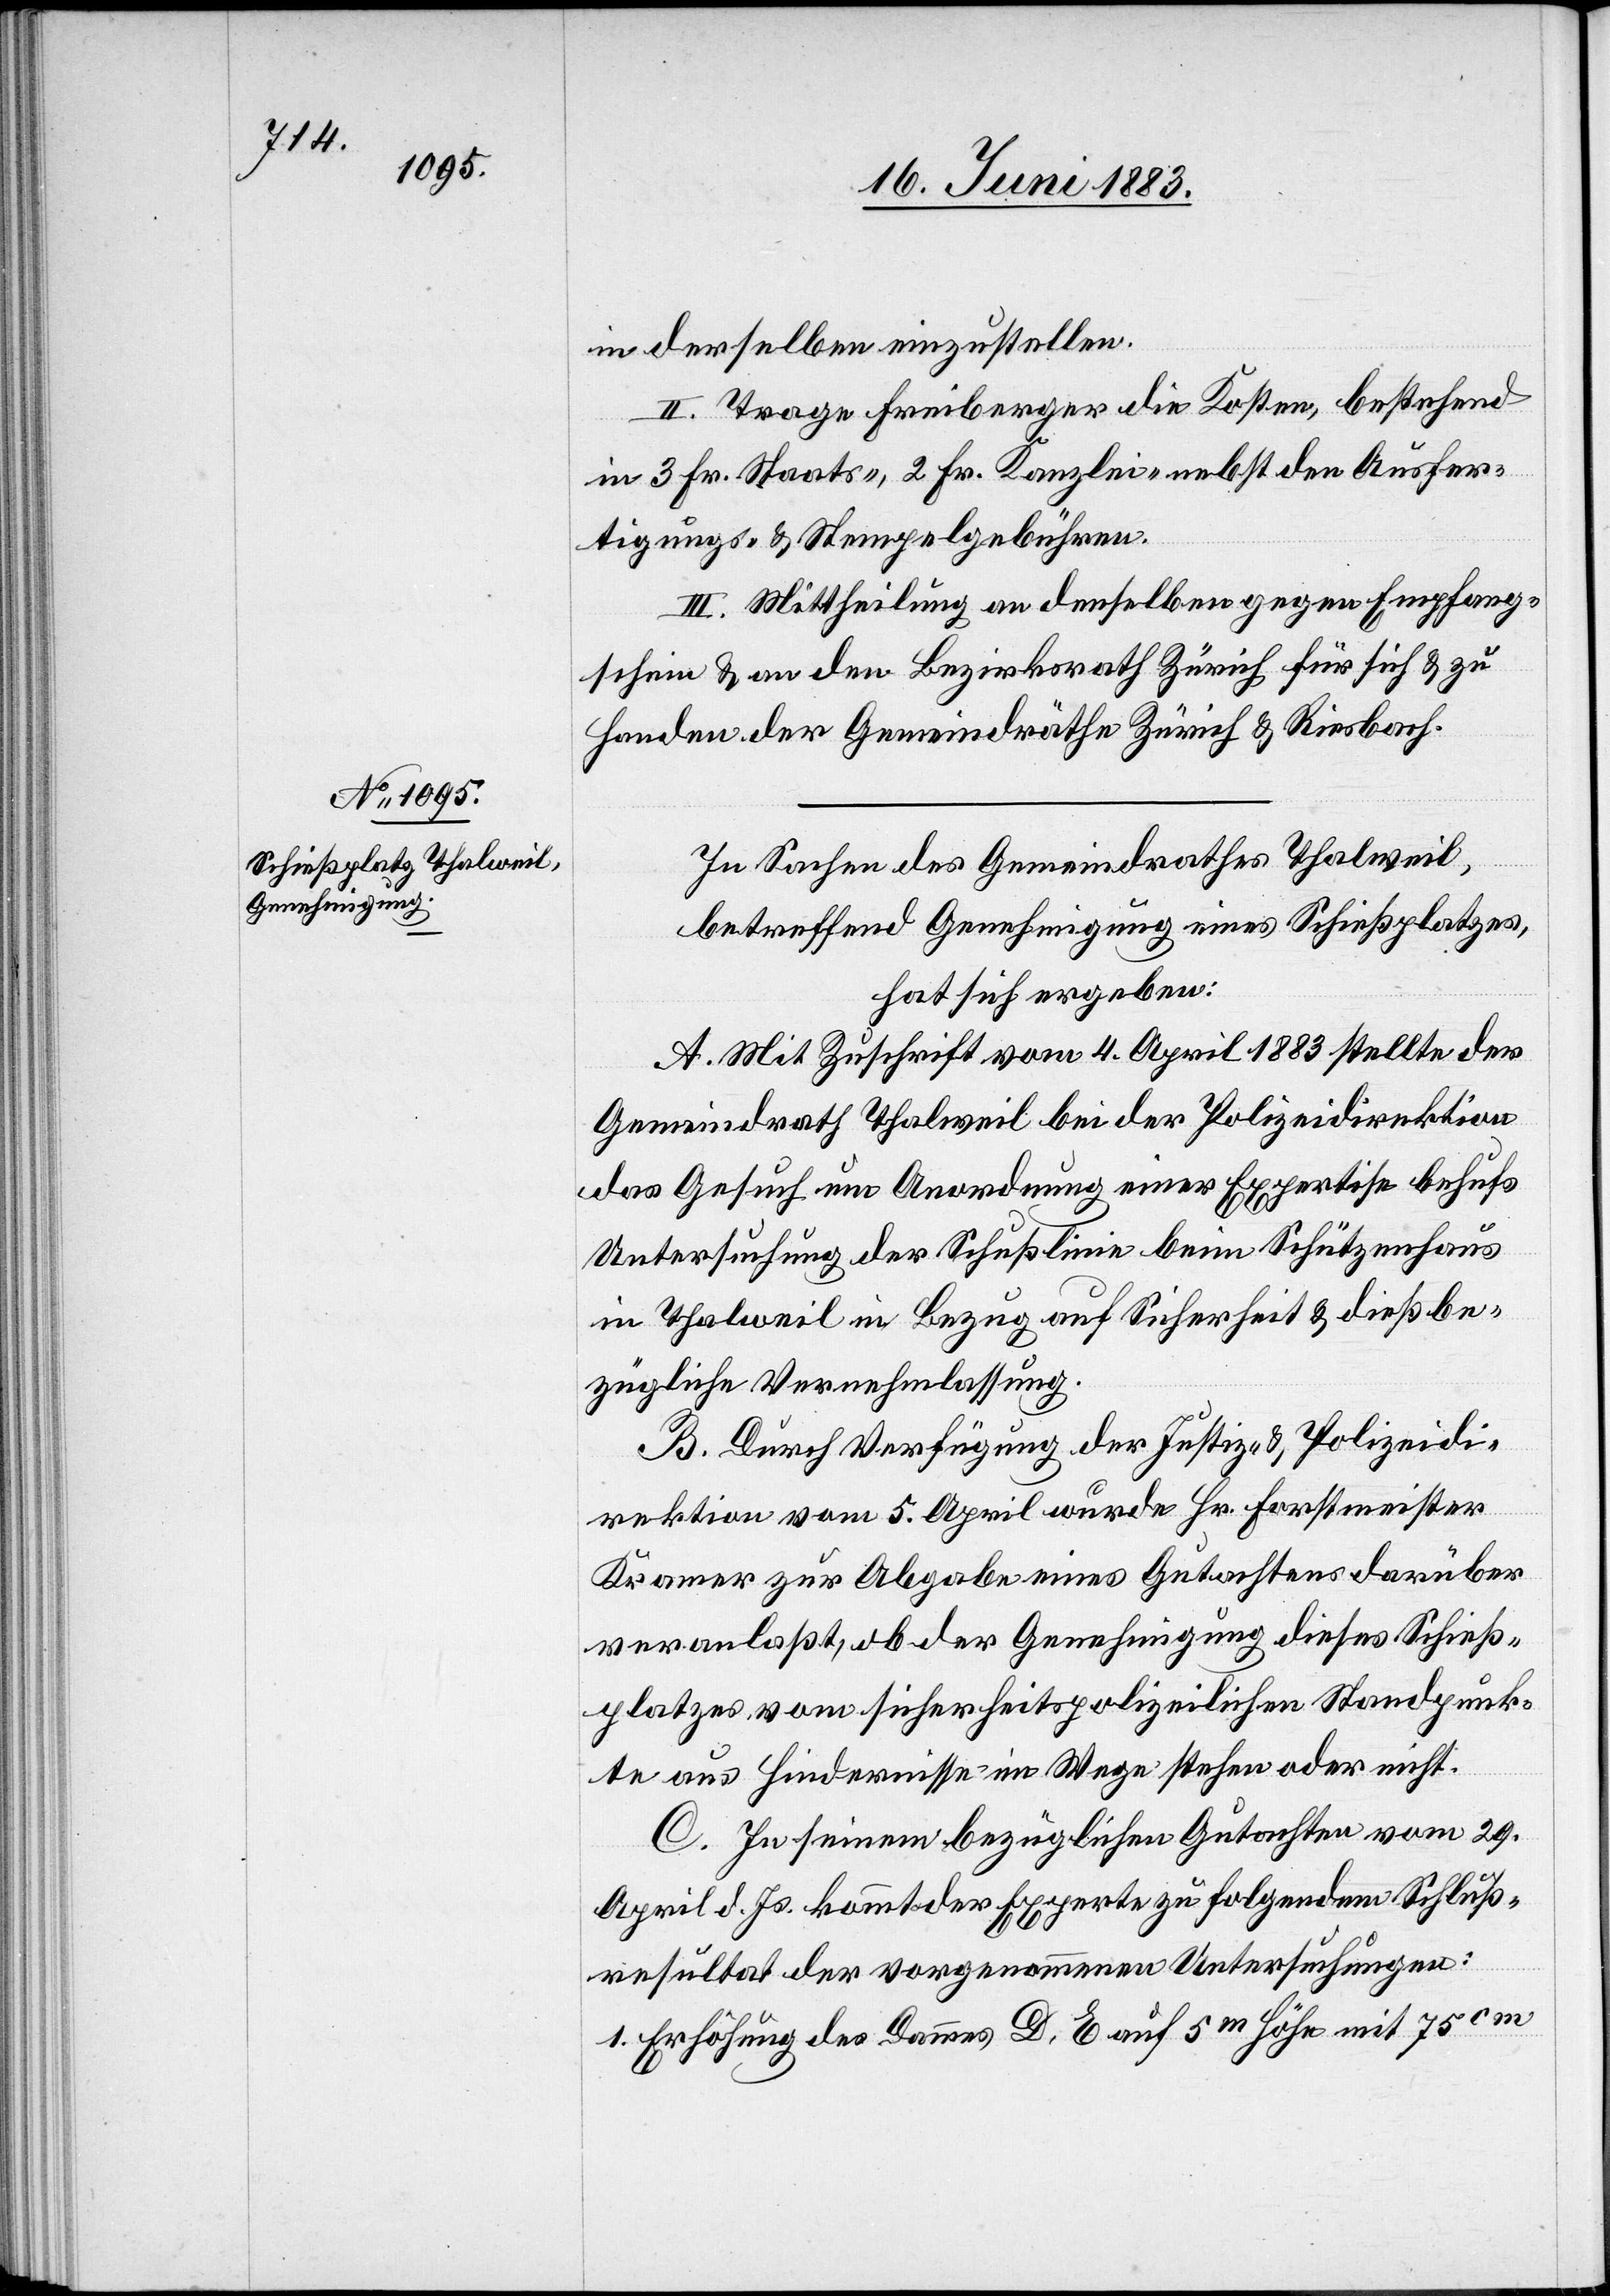
in derselben einzustellen.
II. Trage Freiberger die Kosten, bestehend
in 3 Fr. Staats-, 2 Fr. Kanzlei- nebst den Ausfer¬
tigungs- und Stempelgebühren.
III. Mittheilung an denselben gegen Empfang¬
schein & an den Bezirksrath Zürich für sich & zu
Handen der Gemeindräthe Zürich & Riesbach.
In Sachen des Gemeindrathes Thalweil,
betreffend Genehmigung eines Schießplatzes,
hat sich ergeben:
A. Mit Zuschrift vom 4. April 1883 stellte der
Gemeindrath Thalweil bei der Polizeidirektion
das Gesuch um Anwendung einer Expertise behufs
Untersuchung der Schusslinie beim Schützenhaus
in Thalweil in Bezug auf Sicherheit & dießbe¬
zügliche Vernehmlassung.
B. Durch Verfügung der Justiz- & Polizeidi¬
rektion vom 5. April wurde Hr. Forstmeister
Kramer zur Abgabe eines Gutachtens darüber
veranlaßt, ob der Genehmigung dieses Schieß¬
platzes vom sicherheitspolizeilichen Standpunk¬
te aus Hindernisse im Wege stehen oder nicht.
C. In seinem bezüglichen Gutachten vom 29.
April d. Js. kommt der Experte zu folgendem Schluß¬
resultat der vorgenommenen Untersuchungen:
1. Erhöhung des Dammes D, E auf 5m Höhe mit 75cm